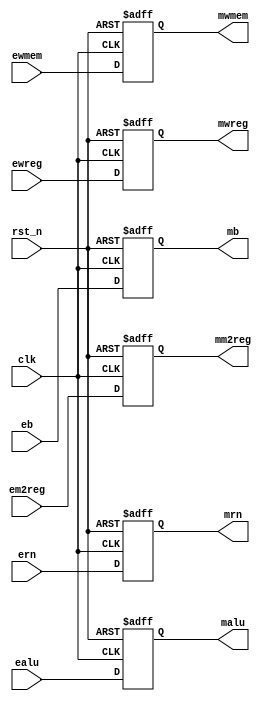
`timescale 1ns / 1ps
//////////////////////////////////////////////////////////////////////////////////
// Company: 
// Engineer: 
// 
// Design Name: 
// Module Name:    reg_EXE_MEM 
// Project Name: 
// Target Devices: 
// Tool versions: 
// Description: 
//
// Dependencies: 
//
// Revision: 
// Revision 0.01 - File Created
// Additional Comments: 
//
//////////////////////////////////////////////////////////////////////////////////
module reg_EXE_MEM(
	input [31:0]ealu, eb,
	input [4:0]ern,
	input ewreg, em2reg, ewmem,
	input clk, rst_n,
	output reg [31:0]malu, mb,
	output reg [4:0]mrn,
	output reg mwreg, mm2reg, mwmem
);


always @ (posedge clk or negedge rst_n)
begin
	if(~rst_n)
	begin
		mwreg <= 0;
		mm2reg <= 0;
		mwmem <= 0;
		mwreg <= 0;
		malu <= 0;
		mb <= 0;
		mrn <= 0;
	end
	else
	begin
		mwreg <= ewreg;
		mm2reg <= em2reg;
		mwmem <= ewmem;
		malu <= ealu;
		mb <= eb;
		mrn <= ern;
	end
end

endmodule